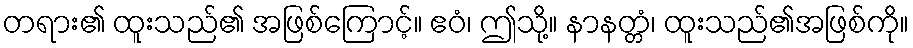
တရား၏ ထူးသည်၏ အဖြစ်ကြောင့်။ ဧဝံ၊ ဤသို့။ နာနတ္တံ၊ ထူးသည်၏အဖြစ်ကို။